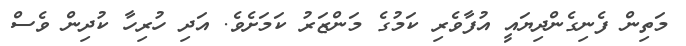
މަތިން ފެނިގެންދިޔައީ އުފާވެރި ކަމުގެ މަންޒަރު ކަމަށެވެ. އަދި ހުރިހާ ކުދިން ވެސް